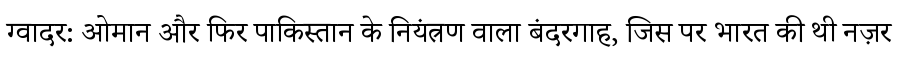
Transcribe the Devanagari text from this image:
ग्वादर: ओमान और फिर पाकिस्तान के नियंत्रण वाला बंदरगाह, जिस पर भारत की थी नज़र